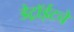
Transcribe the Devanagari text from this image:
डेट्रॉईटचे